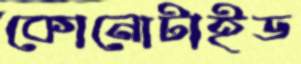
কোনোটাইড